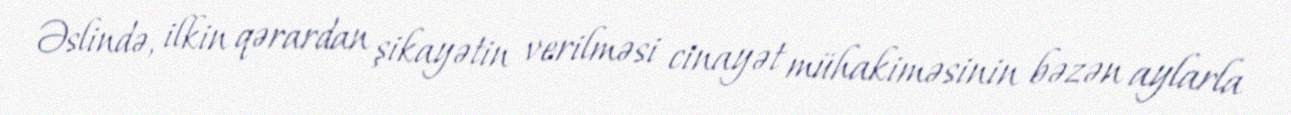
Əslində, ilkin qərardan şikayətin verilməsi cinayət mühakiməsinin bəzən aylarla